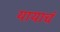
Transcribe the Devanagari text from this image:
यायाचं